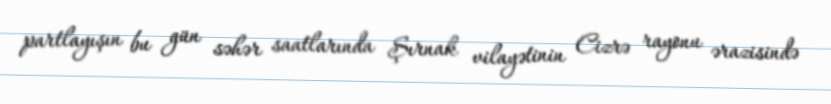
partlayışın bu gün səhər saatlarında Şırnak vilayətinin Cizrə rayonu ərazisində